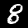
Digit: 8